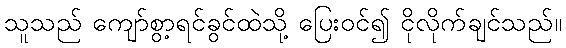
သူသည် ကျော်စွာ့ရင်ခွင်ထဲသို့ ပြေးဝင်၍ ငိုလိုက်ချင်သည်။